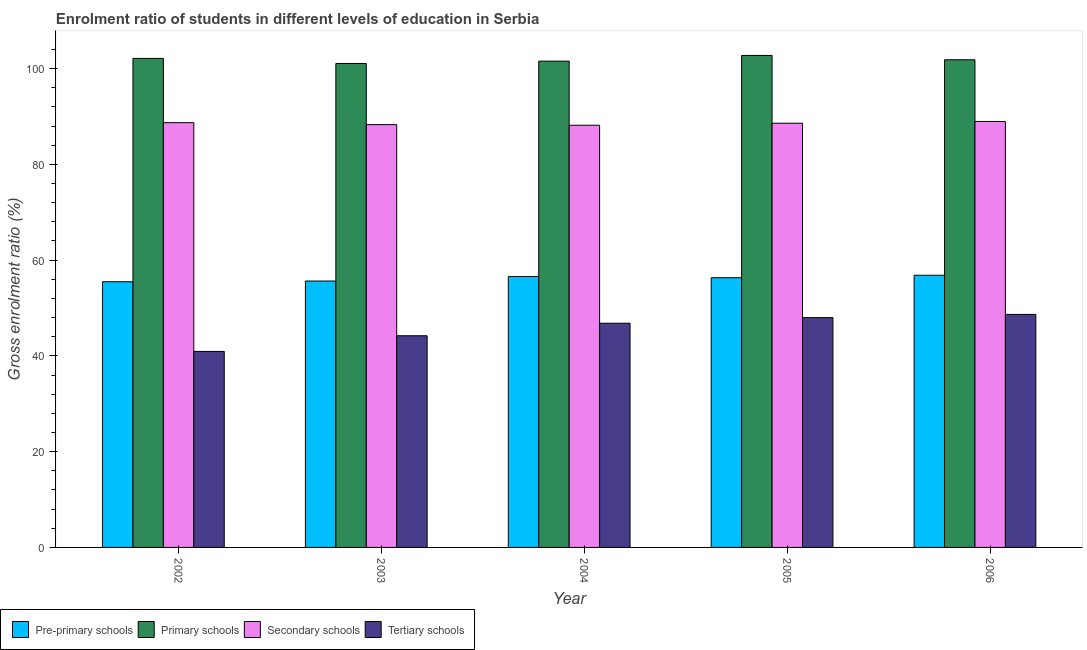
| Year | Pre-primary schools | Primary schools | Secondary schools | Tertiary schools |
 | --- | --- | --- | --- | --- |
 | 2002 | 55.5 | 102 | 88.7 | 40.9 |
 | 2003 | 55.6 | 101 | 88.3 | 44.2 |
 | 2004 | 56.6 | 102 | 88.2 | 46.8 |
 | 2005 | 56.3 | 103 | 88.6 | 48 |
 | 2006 | 56.8 | 102 | 89 | 48.7 |